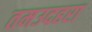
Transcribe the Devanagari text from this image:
तमउदहरा